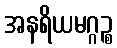
အနရိယမဂ္ဂဉ္စ